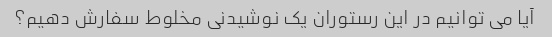
آیا می توانیم در این رستوران یک نوشیدنی مخلوط سفارش دهیم؟